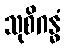
သုစိဂန္ဓံ